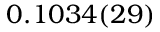
0 . 1 0 3 4 ( 2 9 )